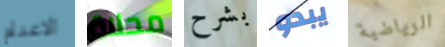
الاعدام محلاة بشرح يبدو الرياضية